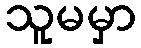
သူမမှာ